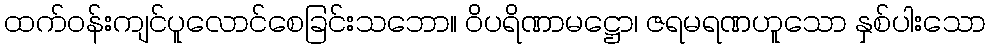
ထက်ဝန်းကျင်ပူလောင်စေခြင်းသဘော။ ဝိပရိဏာမဋ္ဌော၊ ဇရမရဏဟူသော နှစ်ပါးသော